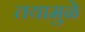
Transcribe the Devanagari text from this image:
तयामुळे